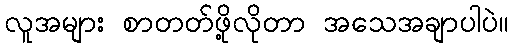
လူအများ စာတတ်ဖို့လိုတာ အသေအချာပါပဲ။